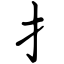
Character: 扌